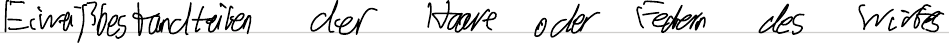
Eiweißbestandteile der Haare oder Federn des Wirtes